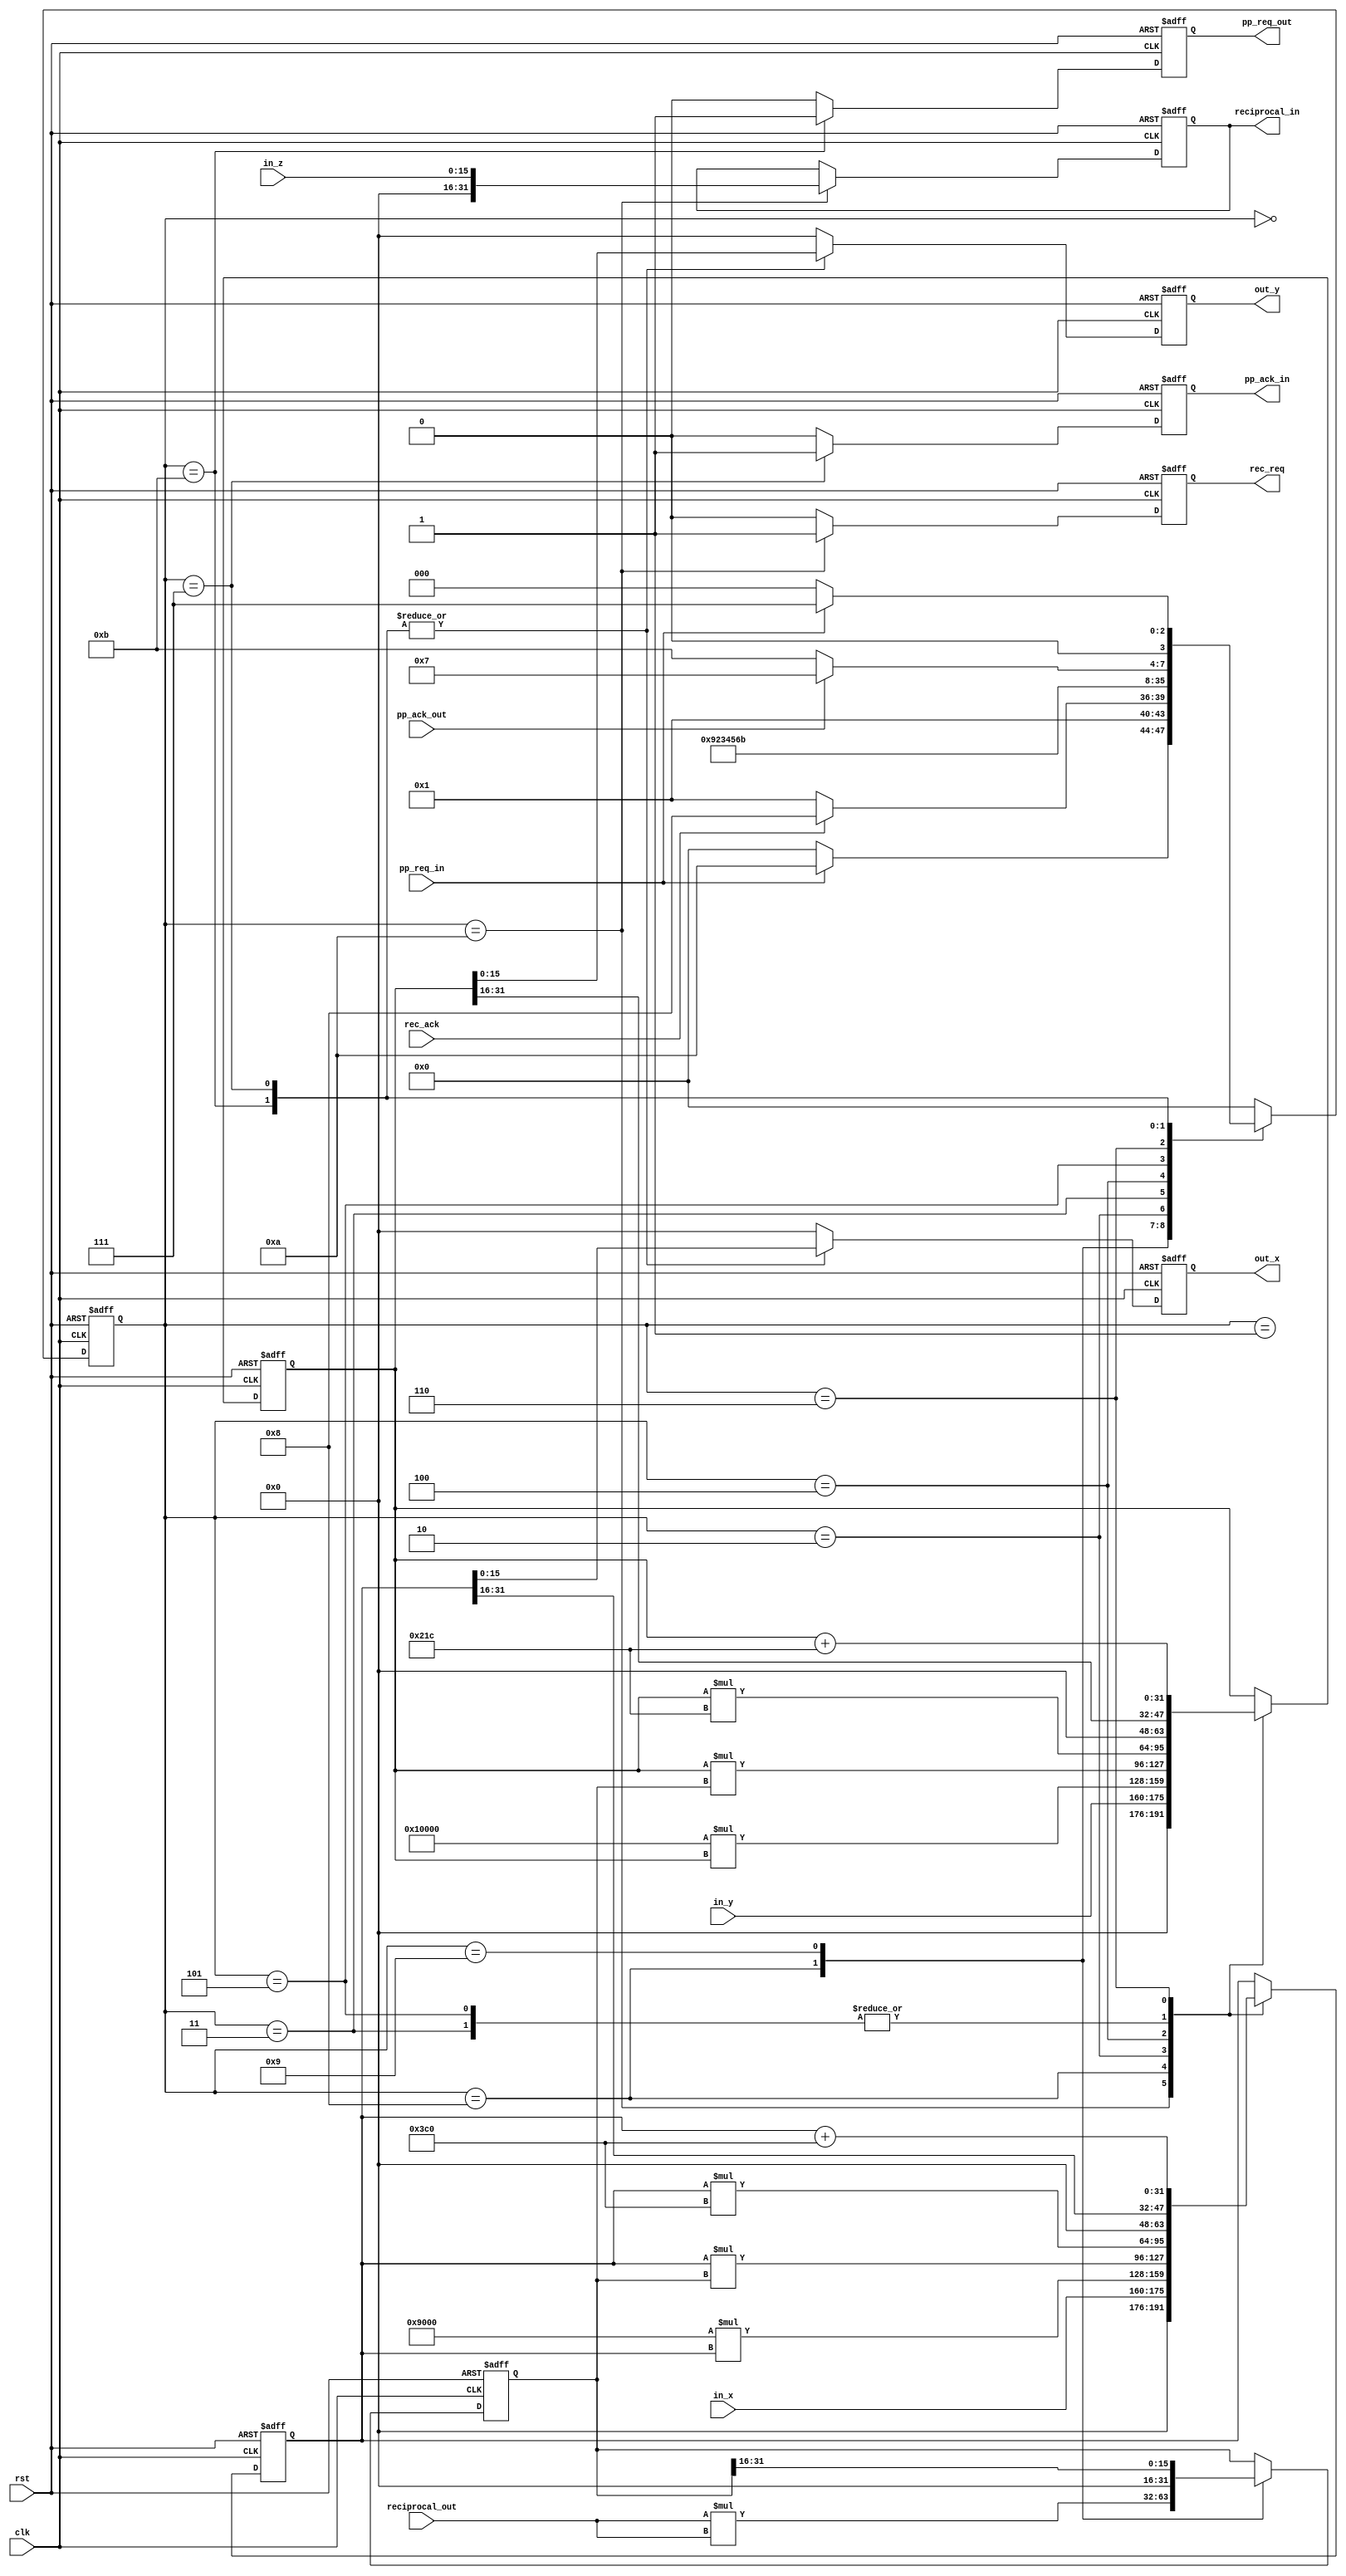
`timescale 1ns / 1ps
//////////////////////////////////////////////////////////////////////////////////
// Company: 
// Engineer: 
// 
// Design Name: 
// Module Name: perspective_projection_fxp
// Project Name: 
// Target Devices: 
// Tool Versions: 
// Description: 
// 
// Dependencies: 
// 
// Revision:
// Revision 0.01 - File Created
// Additional Comments:
// 
//////////////////////////////////////////////////////////////////////////////////


module perspective_projection_fxp(

    input clk,
    input wire rst,
    
    // INPUT HANDSHAKING
    input wire pp_req_in,
    output reg pp_ack_in,
    
    // OUTPUT HANDSHAKING
    input wire pp_ack_out,
    output reg pp_req_out,
    
    // INPUT SIGNALS
    input wire[15:0]in_x,   
    input wire[15:0]in_y,   
    input wire[15:0]in_z,
    
    // RECIPROCAL MODULE HANDSHAKING AND DATA
    input wire rec_ack, 
    output reg rec_req,
    input wire[31:0] reciprocal_out,
    output reg[31:0] reciprocal_in,
    
    // OUTPUT 2D     
    output reg[15:0] out_x,
    output reg[15:0] out_y
    
    
    );
    
    localparam
        START                 = 4'b0000,
        RECIPROCAL_WAIT       = 4'b0001,
        NORMALIZE_COORDINATES = 4'b0010,
        SHIFT_NORMALIZED      = 4'b0011,
        TO_PIXELS             = 4'b0100,
        SHIFT_2D              = 4'b0101,
        APPLY_OFFSET          = 4'b0110,
        FINISH                = 4'b0111, 
        MUL_COEFF             = 4'b1000,  
        SHIFT_RECIPROCAL      = 4'b1001,    
        GET_DATA              = 4'b1010,
        TRIGGER_RASTERIZER    = 4'B1011, 
        FXP_PRECISSION = 16,
        C1 =  9<<<12, 
        C2 =  0,
        C3 =  1 <<<FXP_PRECISSION,
        C4 =  0 <<<FXP_PRECISSION,
        C5 = -2 <<<FXP_PRECISSION,
        C6 = -3 <<<FXP_PRECISSION,
        H  = 960, 
        W  = 540;
         
    reg [3:0] st_reg;
    reg [31:0] normalized_x;
    reg [31:0] normalized_y;
    reg [31:0] normalized_w;
    
    reg [3:0] st_reg_nxt;
    reg [31:0] normalized_x_nxt;
    reg [31:0] normalized_y_nxt;
    reg [31:0] normalized_w_nxt;
    
    reg pp_ack_nxt;
    reg rec_req_nxt;
    reg pp_req_out_nxt;
    
    reg[31:0] out_x_nxt;
    reg[31:0] out_y_nxt;
    reg[31:0] reciprocal_in_nxt;
    
    always@( posedge clk or posedge rst)
    begin
        if( rst == 1) begin
            st_reg           <=0;
            normalized_x     <=0;
            normalized_y     <=0;
            normalized_w     <=0;
            pp_ack_in        <=0;
            rec_req          <=0;      
            out_x            <=0;
            out_y            <=0;
            reciprocal_in    <=0;
            pp_req_out       <=0;
        end
        else
        begin
            st_reg        <= st_reg_nxt;
            normalized_x  <= normalized_x_nxt;
            normalized_y  <= normalized_y_nxt;
            normalized_w  <= normalized_w_nxt;
            pp_ack_in     <= pp_ack_nxt;
            rec_req       <= rec_req_nxt;    
            out_x         <= out_x_nxt[15:0];
            out_y         <= out_y_nxt[15:0];
            reciprocal_in <= reciprocal_in_nxt;
            pp_req_out    <= pp_req_out_nxt;
        end
    
    end
    
    always@*
    begin    
        case( st_reg )
            
            START:                 if( pp_req_in == 1'b1 ) st_reg_nxt = GET_DATA;  
                                   else                    st_reg_nxt = START;                                   
            GET_DATA:                                      st_reg_nxt = RECIPROCAL_WAIT;                      
            RECIPROCAL_WAIT:       if( rec_ack == 1 )      st_reg_nxt  = MUL_COEFF;
                                   else                    st_reg_nxt  = RECIPROCAL_WAIT;
            MUL_COEFF:                                     st_reg_nxt  = SHIFT_RECIPROCAL;
            SHIFT_RECIPROCAL:                              st_reg_nxt  = NORMALIZE_COORDINATES;
            NORMALIZE_COORDINATES:                         st_reg_nxt  = SHIFT_NORMALIZED;
            SHIFT_NORMALIZED:                              st_reg_nxt  = TO_PIXELS;    
            TO_PIXELS:                                     st_reg_nxt  = SHIFT_2D;
            SHIFT_2D:                                      st_reg_nxt  = APPLY_OFFSET;
            APPLY_OFFSET:                                  st_reg_nxt  = TRIGGER_RASTERIZER;
            TRIGGER_RASTERIZER:    if( pp_ack_out == 1 )   st_reg_nxt = FINISH;
                                   else                    st_reg_nxt  = TRIGGER_RASTERIZER; 
            FINISH:
            begin                
                if(pp_req_in == 0 )                        st_reg_nxt  = START;
                else                                       st_reg_nxt  = FINISH;
            end
            default:                st_reg_nxt  = START;
                    
        endcase
    end
    
    
    always@*
    begin
        case( st_reg )
            GET_DATA:
            begin
                normalized_x_nxt     ={ in_x};
                normalized_y_nxt     ={ in_y};
            end
            MUL_COEFF:
            begin
                normalized_x_nxt  = C1*normalized_x;
                normalized_y_nxt  = C3*normalized_y;
            end
            NORMALIZE_COORDINATES:
            begin
                normalized_x_nxt  = normalized_x*normalized_w; 
                normalized_y_nxt  = normalized_y*normalized_w;
            end
            SHIFT_NORMALIZED:
            begin
                normalized_x_nxt  = normalized_x>>>FXP_PRECISSION; 
                normalized_y_nxt  = normalized_y>>>FXP_PRECISSION;   
            end
            TO_PIXELS:
            begin
                normalized_x_nxt  = normalized_x*H;
                normalized_y_nxt  = normalized_y*W;
            end
            SHIFT_2D:
            begin
                normalized_x_nxt  = normalized_x >>> FXP_PRECISSION;
                normalized_y_nxt  = normalized_y >>> FXP_PRECISSION;
            end
            APPLY_OFFSET:
            begin
                normalized_x_nxt  = normalized_x + H;
                normalized_y_nxt  = normalized_y + W;
            end
            default: 
            begin
                normalized_x_nxt  = normalized_x;
                normalized_y_nxt  = normalized_y;
            end
        endcase
    end
    
    // normalized_w controller
    always@*
    begin
        case( st_reg )
            MUL_COEFF:               normalized_w_nxt  = reciprocal_out*reciprocal_out;
            SHIFT_RECIPROCAL:        normalized_w_nxt  = normalized_w >>> FXP_PRECISSION;
            default:                 normalized_w_nxt  = normalized_w;
        endcase
    end
    
    // reciprocal module controller
    always@*
    begin
        case( st_reg )
            GET_DATA: 
            begin
                reciprocal_in_nxt    = in_z;
                rec_req_nxt          = 1;
            end
            default: 
            begin
                reciprocal_in_nxt    = reciprocal_in;
                rec_req_nxt          = 0;
            end
        endcase
    end
    
    // handshaking and output controller
    always@*
    begin
        case( st_reg )
            TRIGGER_RASTERIZER: 
            begin
                pp_req_out_nxt = 1;
                pp_ack_nxt = 0;
                out_x_nxt  = normalized_x;
                out_y_nxt  = normalized_y;
            end
            FINISH: 
            begin
                pp_req_out_nxt = 0;
                pp_ack_nxt = 1;
                out_x_nxt  = normalized_x;
                out_y_nxt  = normalized_y;
            end
            default: 
            begin
                pp_req_out_nxt = 0;
                pp_ack_nxt = 0;
                out_x_nxt  = 0;
                out_y_nxt  = 0;
            end
        endcase
    end

endmodule